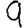
Digit: 9